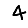
Digit: 4